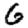
Digit: 6